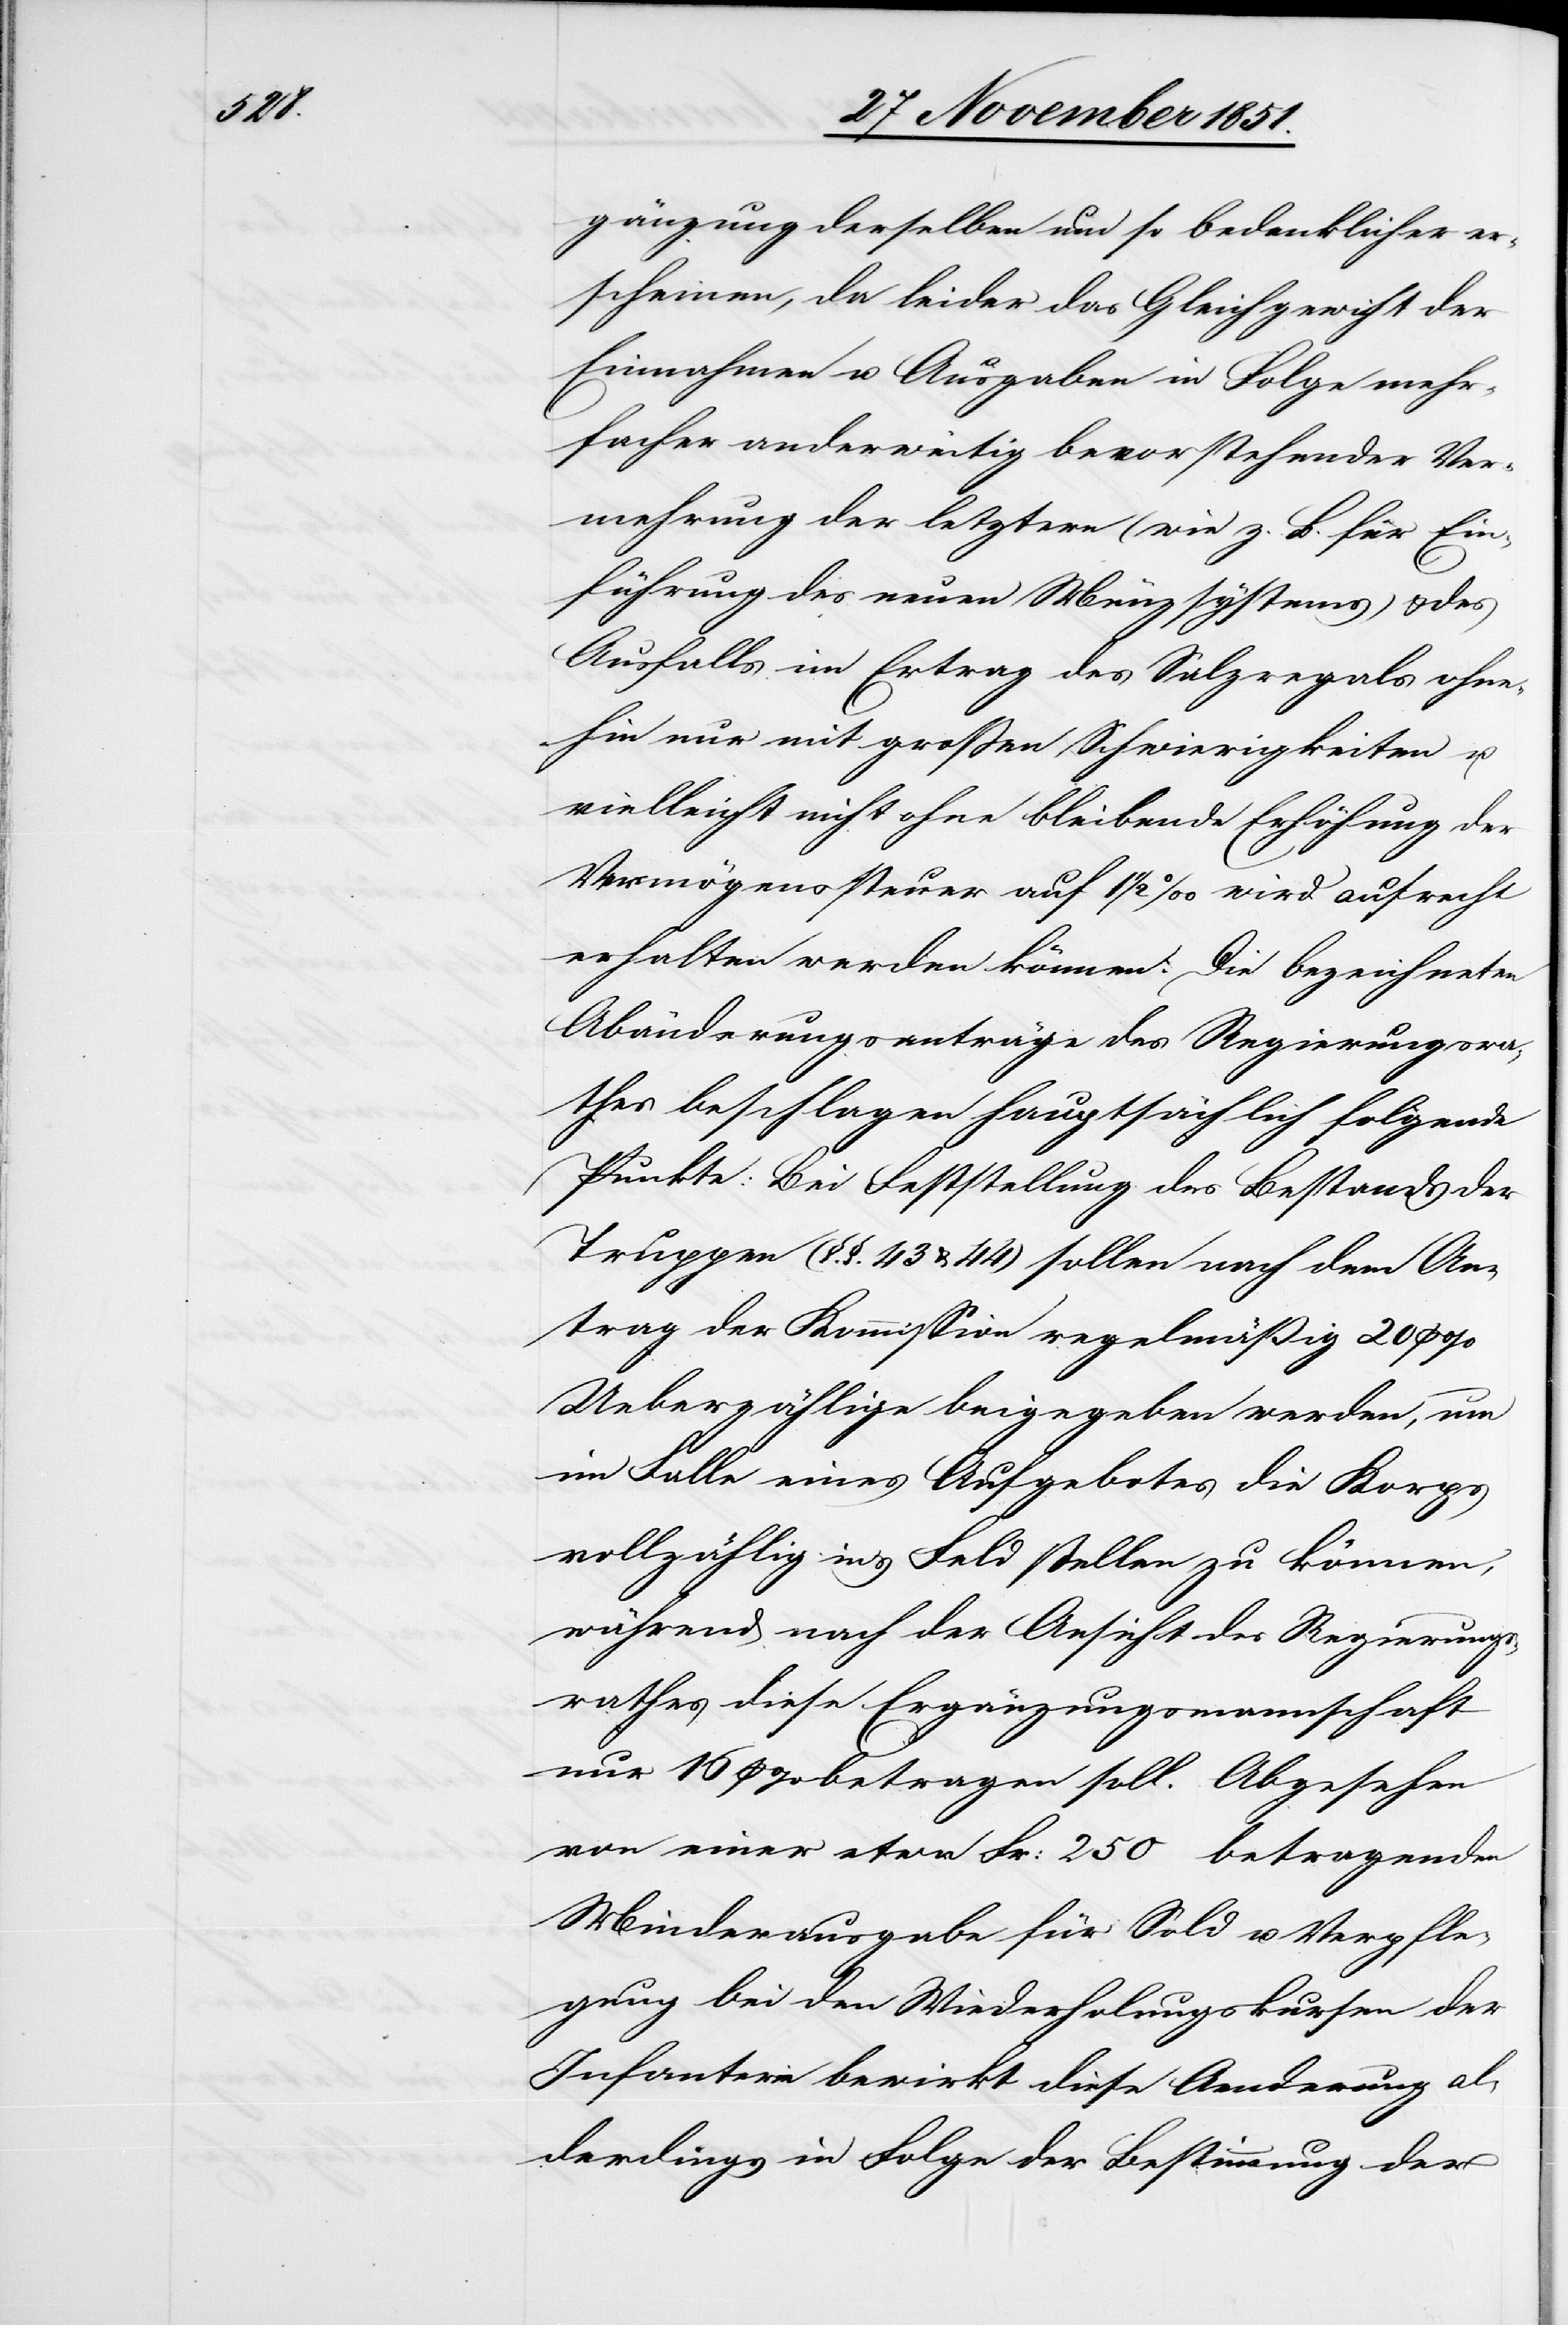
gänzung derselben um so bedenklicher er¬
scheinen, da leider das Gleichgewicht der
Einnahmen u. Ausgaben in Folge mehr¬
facher anderweitig bevorstehender Ver¬
mehrung der letztern (wie z. B. für Ein¬
führung des neuen Münzsystems) & des
Ausfalls im Ertrag des Salzregals ohne¬
hin nur mit großen Schwierigkeiten u.
vielleicht nicht ohne bleibende Erhöhung der
Vermögenssteuer auf 1 1/2 ‰ wird aufrecht
erhalten werden können. Die bezeichneten
Abänderungsanträge des Regierungsra¬
thes beschlagen hauptsächlich folgende
Punkte: Bei Feststellung des Bestands der
Truppen (§.§. 43 & 44) sollen nach dem An¬
trag der Kommission regelmäßig 20 p %
Ueberzählige beigegeben werden, um
im Falle eines Aufgebotes die Korps
vollzählig in‘s Feld stellen zu können,
während nach der Ansicht des Regierungs¬
rathes diese Ergänzungsmannschaft
nur 16 p % betragen soll. Abgesehen
von einer etwa Fr: 250 betragenden
Minderausgabe für Sold u. Verpfle¬
gung bei den Wiederholungskursen der
Infanterie bewirkt diese Aenderung al¬
lerdings in Folge der Bestimmung der